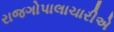
રાજગોપાલાચારીએ